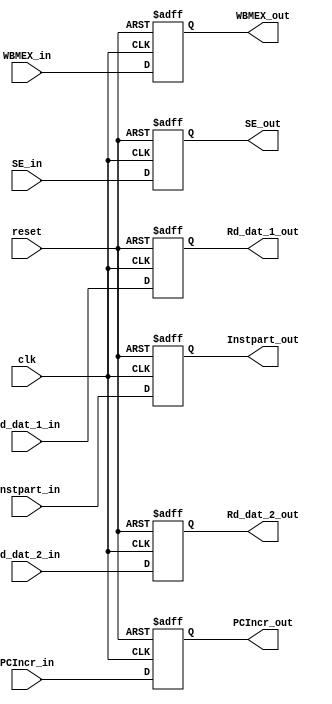
`timescale 1ns / 1ps

module ID_EX(
    output reg [31:0] PCIncr_out,
    output reg [31:0] Rd_dat_1_out,
    output reg [31:0] Rd_dat_2_out,
    output reg [31:0] SE_out,
    output reg [14:0] Instpart_out,
    output reg [11:0] WBMEX_out,
    //output reg init_out,
    input [31:0] PCIncr_in,
    input [31:0] Rd_dat_1_in,
    input [31:0] Rd_dat_2_in,
    input [31:0] SE_in,
    input [14:0] Instpart_in,
    input [11:0] WBMEX_in,
    //input init_in,
    input clk,
    input reset
    );
    
    always@(posedge clk or posedge reset)
    begin
    if (reset)
    begin
    PCIncr_out <= 0;
    Rd_dat_1_out <= 0;
    Rd_dat_2_out <= 0;
    SE_out <= 0;
    Instpart_out <= 0;
    WBMEX_out <= 0;
    //init_out <= 0;
    end
    else
    begin
    PCIncr_out <= PCIncr_in;
    Rd_dat_1_out <= Rd_dat_1_in;
    Rd_dat_2_out <= Rd_dat_2_in;
    SE_out <= SE_in;
    Instpart_out <= Instpart_in;
    WBMEX_out <= WBMEX_in;
    //init_out <= init_in;
    end
    end
    
endmodule